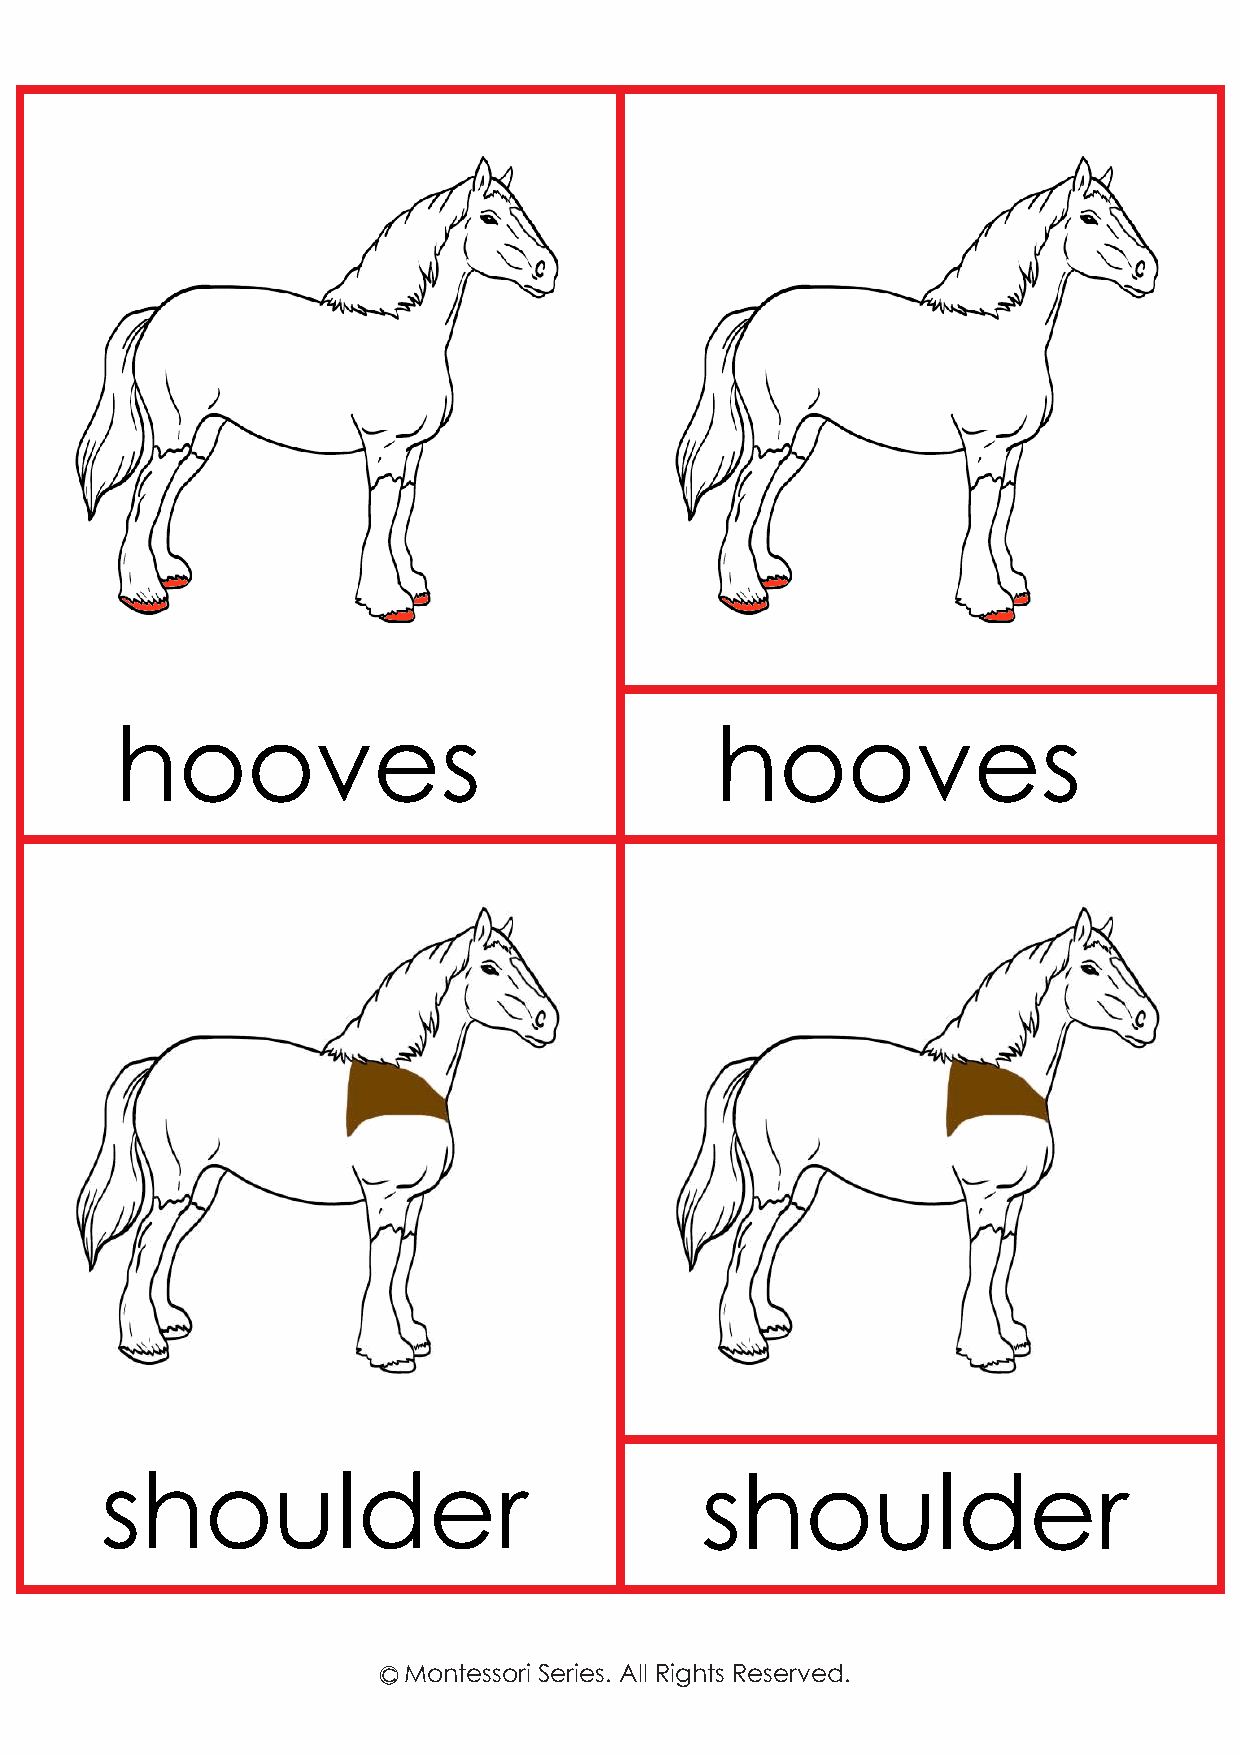
hooves                                 hooves
 shoulder                               shoulder
 c Montessori Series. All Rights Reserved.